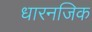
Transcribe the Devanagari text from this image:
धारनजिक